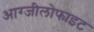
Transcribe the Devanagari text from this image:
आग्जीलोफाइट